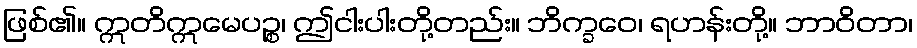
ဖြစ်၏။ ဣတိဣမေပဉ္စ၊ ဤငါးပါးတို့တည်း။ ဘိက္ခဝေ၊ ရဟန်းတို့။ ဘာဝိတာ၊